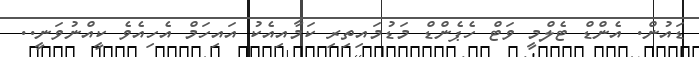
ޑައުން. އެންޑް ޓެލްމީ ވަޓް ހެޕެންޑް މަޑުމައިތިރި ކަމާއިއެކު އައިހަމް އެހިއެވެ ކީއްނުވަނީ..